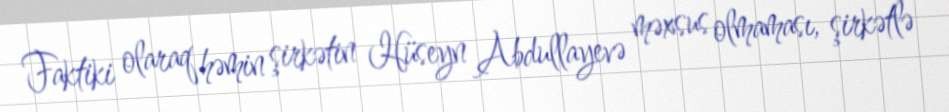
Faktiki olaraq həmin şirkətin Hüseyn Abdullayevə məxsus olmaması, şirkətlə